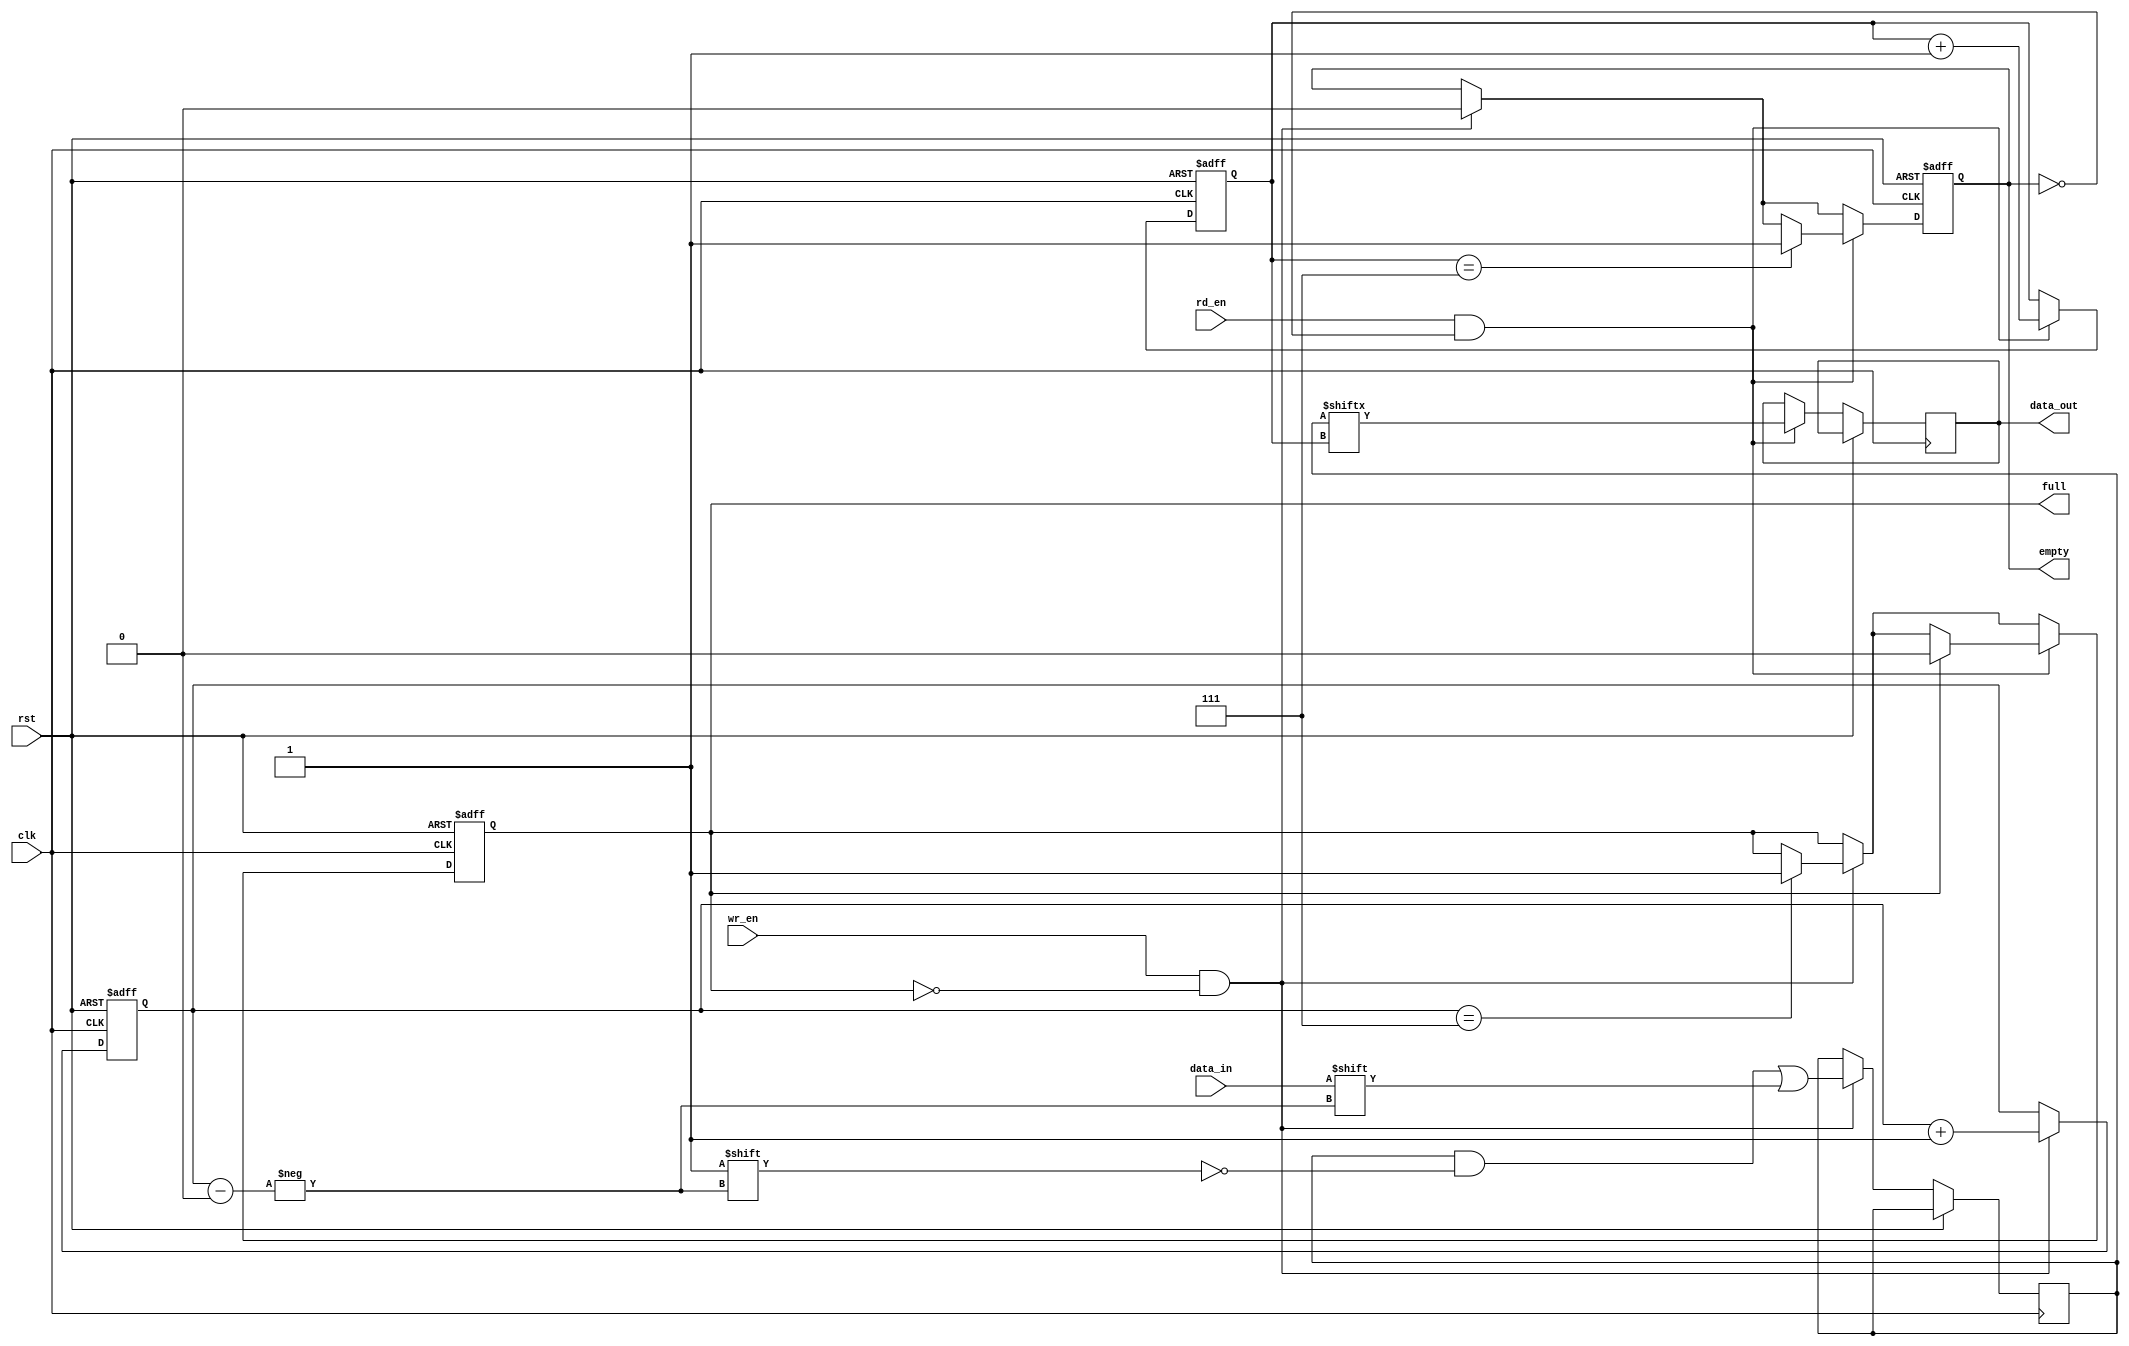
module gray_fifo(
    input wire clk,
    input wire rst,
    input wire wr_en,
    input wire rd_en,
    input wire data_in,
    output reg data_out,
    output reg empty,
    output reg full
);

parameter DEPTH = 8; // Depth of the FIFO

reg [DEPTH-1:0] buffer;
reg [DEPTH-1:0] wr_ptr;
reg [DEPTH-1:0] rd_ptr;

always @ (posedge clk or posedge rst) begin
    if (rst) begin
        wr_ptr <= 0;
        rd_ptr <= 0;
        empty <= 1;
        full <= 0;
    end else begin
        if (wr_en && !full) begin
            buffer[wr_ptr] <= data_in;
            wr_ptr <= wr_ptr + 1;
            if (wr_ptr == DEPTH-1) begin
                full <= 1;
            end
            if (empty) begin
                empty <= 0;
            end
        end
        if (rd_en && !empty) begin
            data_out <= buffer[rd_ptr];
            rd_ptr <= rd_ptr + 1;
            if (rd_ptr == DEPTH-1) begin
                empty <= 1;
            end
            if (full) begin
                full <= 0;
            end
        end
    end
end

endmodule